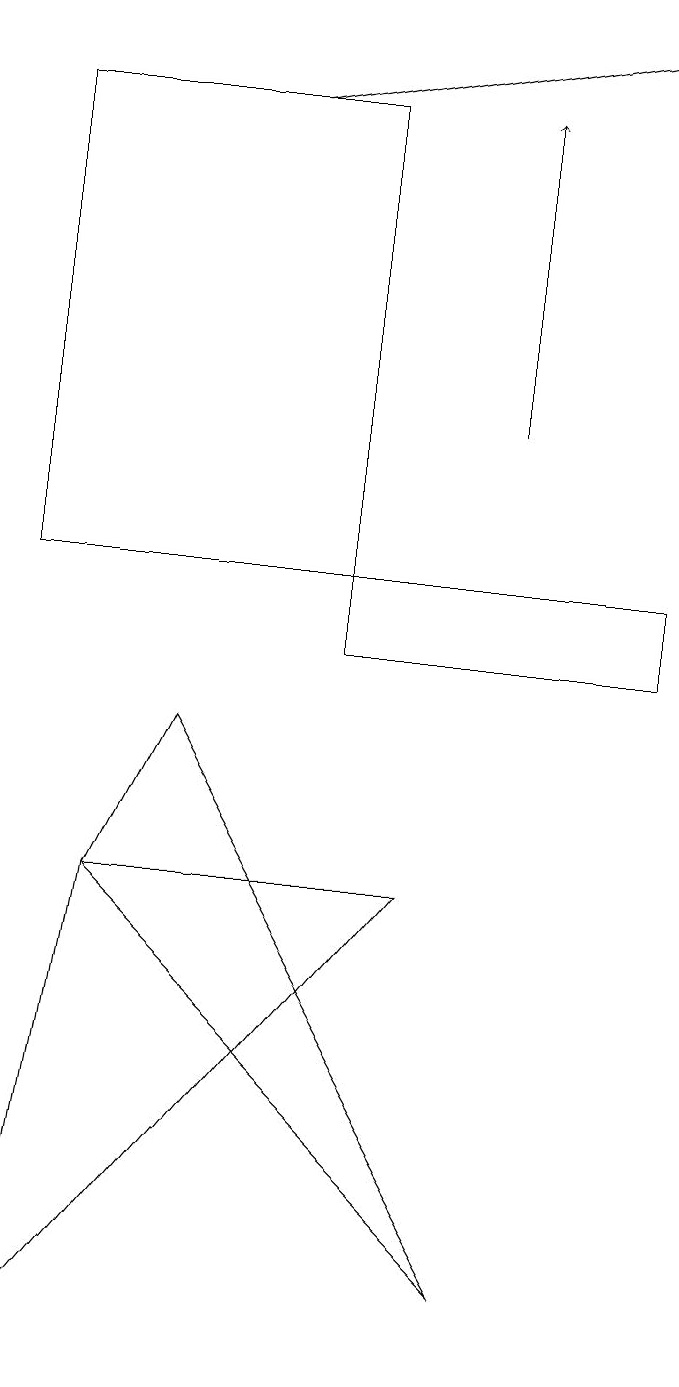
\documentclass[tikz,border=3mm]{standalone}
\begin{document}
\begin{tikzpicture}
\draw[->] (7,13) -- (7,17);
\draw (7,2) -- (3,9) -- (2,7) -- cycle;
\draw[->] (4,17) -- (9,18);
\draw (9,11) rectangle (5,10);
\draw (6,7) -- (2,7) -- (1,1) -- cycle;
\draw (1,11) rectangle (5,17);
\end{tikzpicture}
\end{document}